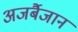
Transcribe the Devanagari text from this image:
अजर्बैजान